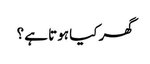
گھر کیا ہوتا ہے ؟